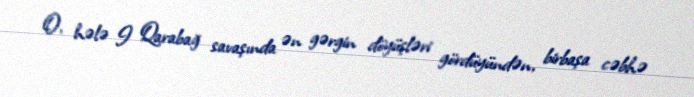
O, hələ I Qarabağ savaşında ən gərgin döyüşləri gördüyündən, birbaşa cəbhə